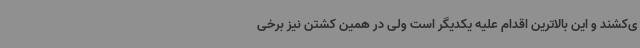
ی‌کشند و این بالاترین اقدام علیه یکدیگر است ولی در همین کشتن نیز برخی